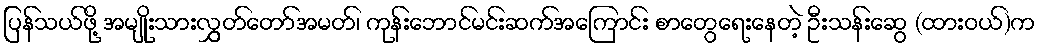
ပြန်သယ်ဖို့ အမျိုးသားလွှွှတ်တော်အမတ်၊ ကုန်းဘောင်မင်းဆက်အကြောင်း စာတွေရေးနေတဲ့ ဦးသန်းဆွေ (ထားဝယ်)က